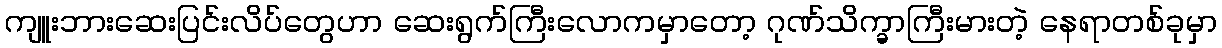
ကျူးဘားဆေးပြင်းလိပ်တွေဟာ ဆေးရွက်ကြီးလောကမှာတော့ ဂုဏ်သိက္ခာကြီးမားတဲ့ နေရာတစ်ခုမှာ